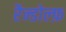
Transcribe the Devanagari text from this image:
रैन्डोल्फ़